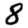
Digit: 8